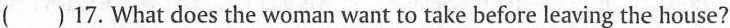
( )17. What does the woman want to take before leaving the house?